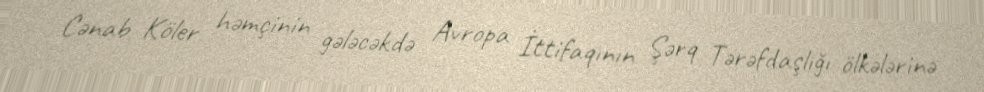
Cənab Köler həmçinin gələcəkdə Avropa İttifaqının Şərq Tərəfdaşlığı ölkələrinə